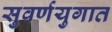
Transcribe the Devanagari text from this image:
सुवर्णयुगात